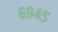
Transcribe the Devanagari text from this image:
६९४५